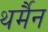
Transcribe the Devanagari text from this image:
थर्मैन